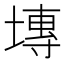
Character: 塼